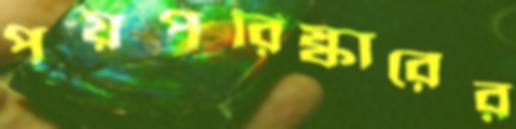
পয়পরিষ্কারের